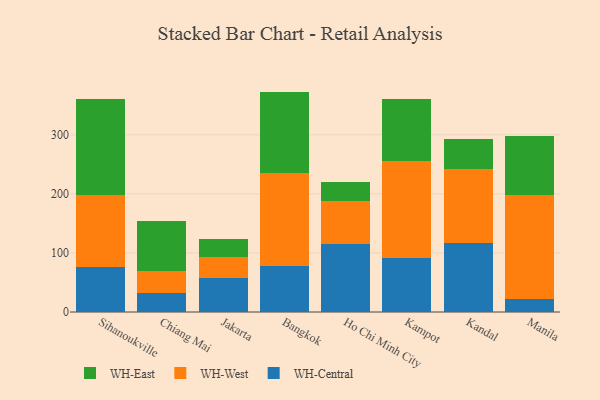
{"axis": {"x": "City", "y": "Satisfaction Score"}, "legend": ["WH-Central", "WH-East", "WH-West"], "data": [{"x": "Sihanoukville", "y": 75.7, "type": "WH-Central"}, {"x": "Sihanoukville", "y": 122.9, "type": "WH-West"}, {"x": "Sihanoukville", "y": 162.0, "type": "WH-East"}, {"x": "Chiang Mai", "y": 32.3, "type": "WH-Central"}, {"x": "Chiang Mai", "y": 37.5, "type": "WH-West"}, {"x": "Chiang Mai", "y": 84.4, "type": "WH-East"}, {"x": "Jakarta", "y": 58.4, "type": "WH-Central"}, {"x": "Jakarta", "y": 34.2, "type": "WH-West"}, {"x": "Jakarta", "y": 30.9, "type": "WH-East"}, {"x": "Bangkok", "y": 78.7, "type": "WH-Central"}, {"x": "Bangkok", "y": 157.0, "type": "WH-West"}, {"x": "Bangkok", "y": 137.4, "type": "WH-East"}, {"x": "Ho Chi Minh City", "y": 114.8, "type": "WH-Central"}, {"x": "Ho Chi Minh City", "y": 72.8, "type": "WH-West"}, {"x": "Ho Chi Minh City", "y": 33.0, "type": "WH-East"}, {"x": "Kampot", "y": 91.4, "type": "WH-Central"}, {"x": "Kampot", "y": 163.5, "type": "WH-West"}, {"x": "Kampot", "y": 105.0, "type": "WH-East"}, {"x": "Kandal", "y": 116.8, "type": "WH-Central"}, {"x": "Kandal", "y": 125.0, "type": "WH-West"}, {"x": "Kandal", "y": 50.6, "type": "WH-East"}, {"x": "Manila", "y": 22.3, "type": "WH-Central"}, {"x": "Manila", "y": 175.3, "type": "WH-West"}, {"x": "Manila", "y": 100.4, "type": "WH-East"}]}